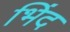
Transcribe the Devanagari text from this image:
भिंद